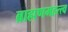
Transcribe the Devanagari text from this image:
ब्राह्मणमहत्त्व